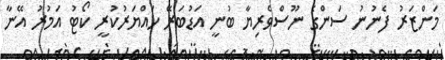
މަންޒަރު ފެނުނު ސަންގެ ނޫސްވެރިޔާ ބުނީ އަޑުބަރޭ ހައްޔަރުކުރީ ކޯޓު އަމުރު އޭނާ